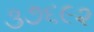
૩૭૬૯૨